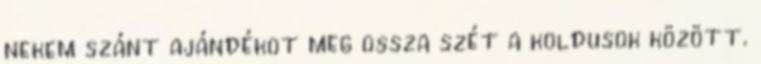
nekem szánt ajándékot meg ossza szét a koldusok között.